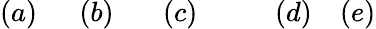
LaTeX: (a)\quad\ \ (b)\quad\ \ \ (c)\qquad\ \ \ (d)\quad(e)